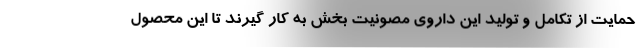
حمایت از تکامل و تولید این داروی مصونیت بخش به کار گیرند تا این محصول